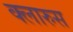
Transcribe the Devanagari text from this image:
क्लारुस